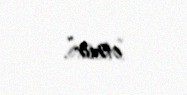
etmir”.